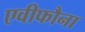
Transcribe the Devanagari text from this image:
एवीफौना